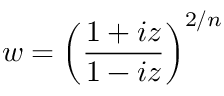
w = \left( \frac { 1 + i z } { 1 - i z } \right) ^ { 2 / n }